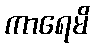
ကာရေမိ